Report of the Bombay Veterinary College
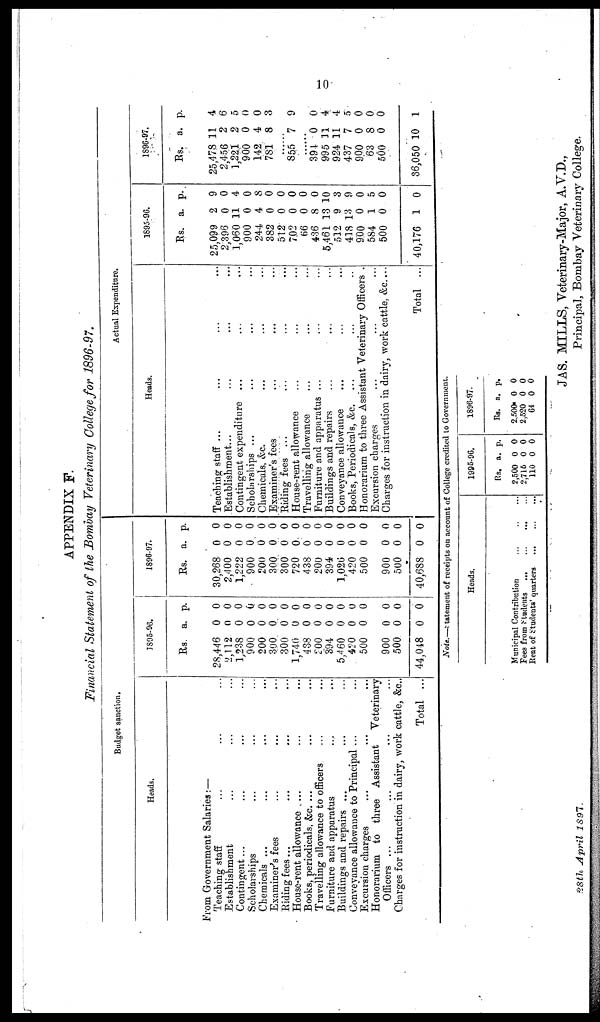
10
APPENDIX F.
Financial Statement of the Bombay Veterinary College for 1896-97.
Budget sanction.
Heads.
From Government Salaries:—
Teaching staff
Establishment
Contingent ...
Scholarships
Chemicals ...
Examiner's fees
Riding fees...
House-rent allowance
...
...
...
...
...
...
...
...
Books, periodicals, &c. ...
Travelling allowance to officers
Furniture and apparatus
Buildings and repairs ...
...
...
...
...
....
...
...
...
...
...
...
...
Conveyance allowance to Principal ...
Excursion charges ...
...
...
...
...
...
...
...
...
...
...
...
...
...
...
...
Honorarium to three Assistant Veterinary
Officers ...
...
...
...
Charges for instruction in dairy, work cattle, &c.
Total ...
1895-96.
Rs.
28,446
2,112
1,238
900
200
300
300
1,740
438
200
394
5,460
420
500
900
500
44,048
a.
0
0
0
0
0
0
0
0
0
0
0
0
0
0
0
0
0
p.
0
0
0
0
0
0
0
0
0
0
0
0
0
0
0
0
0
1896-97.
Rs.
30,268
2,400
1,222
900
200
300
300
720
438
200
394
1,026
420
500
900
500
40,688
a.
0
0
0
0
0
0
0
0
0
0
0
0
0
0
0
0
0
p.
0
0
0
0
0
0
0
0
0
0
0
0
0
0
0
0
0
Actual Expenditure.
Heads.
Teaching staff ...
Establishment...
Contingent expenditure
Scholarships ...
Chemicals, &c.
Examiner's fees
Riding fees ...
House-rent allowance
Travelling allowance
Furniture and apparatus
Buildings and repairs
Conveyance allowance
Books, Periodicals, &c.
...
...
...
...
...
...
...
...
...
...
...
...
...
...
...
...
...
...
...
...
...
...
...
...
...
...
...
...
...
...
...
...
...
...
...
...
...
...
...
Honorarium to three Assistant Veterinary Officers .
Excursion charges
...
...
...
Charges for instruction in dairy,work cattle, &c. ....
Total ...
1895-96.
Rs.
25,099
2,396
1,060
900
244
382
512
702
66
436
5,461
512
418
900
584
500
40,176
a.
2
0
11
0
4
0
0
0
0
8
13
9
13
0
1
0
1
P.
9
0
4
0
8
0
0
0
0
0
10
3
9
0
5
0
0
1896-97.
Rs.
25,478
2,456
1,221
900
143
781
a.
11
2
2
0
4
8
p.
4
6
5
0
0
3
......
855 7 9
.......
394
995
924
437
900
63
500
36,050
0
11
11
7
0
8
0
10
0
4
4
5
0
0
0
1
Note.—statement of receipts on account of College credited to Government.
Heads.
Municipal Contribution
Fees from Students
Rent of students' quarters
...
...
...
...
...
...
...
...
...
1995-96.
Rs.
2,500
2,715
110
a.
0
0
0
p.
0
0
0
1896-97.
Rs.
2,500
2,520
64
a.
0
0
0
p.
0
0
0
JAS. MILLS, Veterinary-Major, A.V.D.,
28th April 1897.
Principal, Bombay Veterinary College.